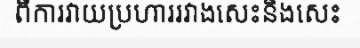
ពីការវាយប្រហាររវាងសេះនិងសេះ